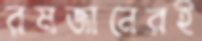
রমজানেরই